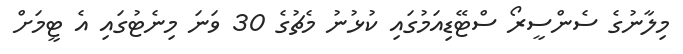
މިލާނުގެ ސެންސީރޯ ސްޓޭޑިއަމުގައި ކުޅުނު މެޗުގެ 30 ވަނަ މިނެޓުގައި އެ ޓީމަށް